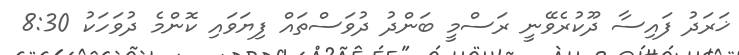
ޚަރަދު ފައިސާ ދޫކުރެވޭނީ ރަސްމީ ބަންދު ދުވަސްތައް ފިޔަވައި ކޮންމެ ދުވަހަކު 8:30